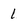
Character: 1